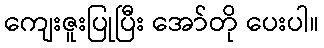
ကျေးဇူးပြုပြီး အော်တို ပေးပါ။